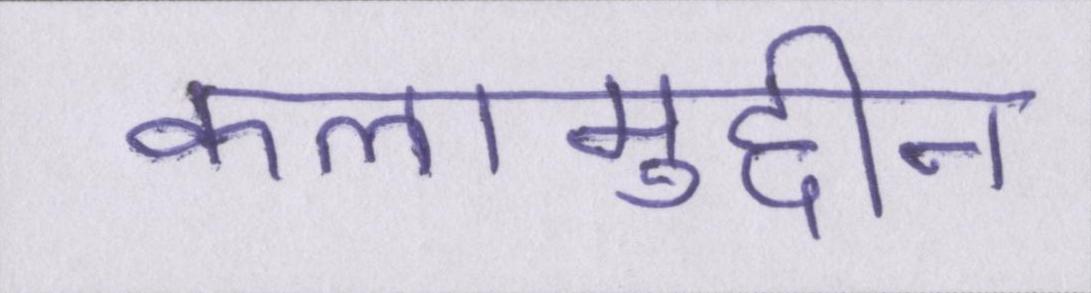
कलामुद्दीन